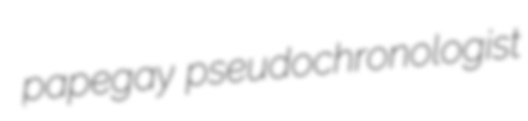
papegay pseudochronologist